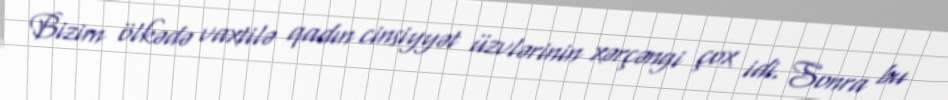
Bizim ölkədə vaxtilə qadın cinsiyyət üzvlərinin xərçəngi çox idi. Sonra bu